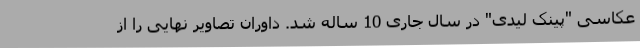
عکاسی "پینک لیدی" در سال جاری 10 ساله شد. داوران تصاویر نهایی را از